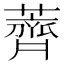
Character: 薺